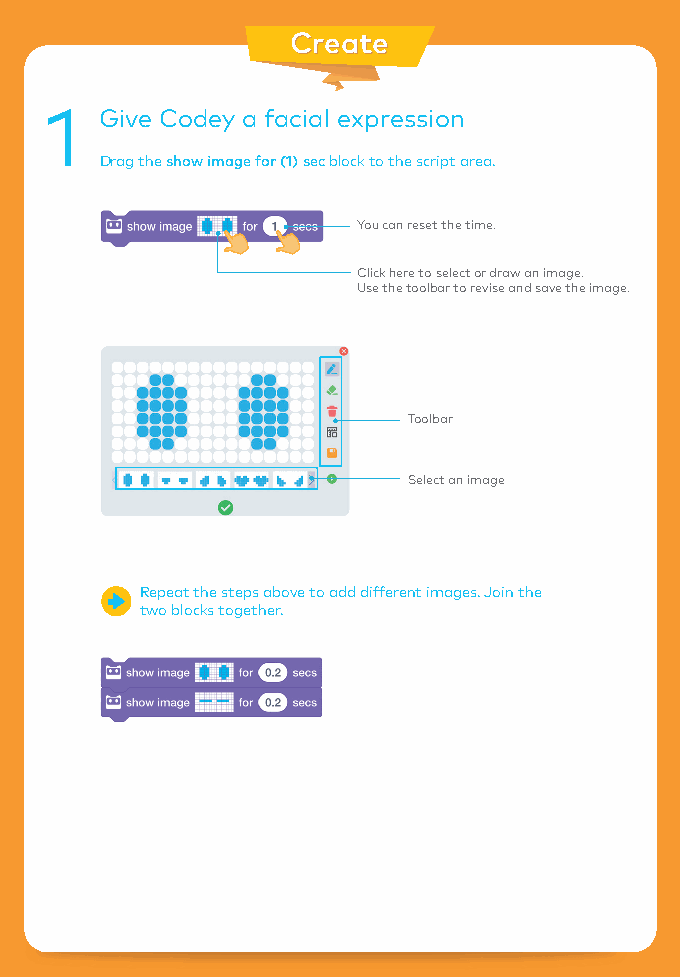
CCrreeaattee
 1   Give Codey a facial expression
 Drag the show image for (1) sec block to the script area.
 You can reset the time.
 Click here to select or draw an image.
 Use the toolbar to revise and save the image.
 Toolbar
 Select an image
 Repeat the steps above to add different images. Join the
 two blocks together.